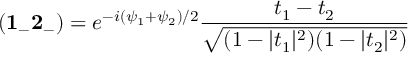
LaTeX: ( { \bf 1 _ { - } 2 _ { - } } ) = e ^ { - i { ( \psi _ { 1 } + \psi _ { 2 } ) / 2 } } \frac { t _ { 1 } - t _ { 2 } } { \sqrt { ( 1 - | t _ { 1 } | ^ { 2 } ) ( 1 - | t _ { 2 } | ^ { 2 } ) } }